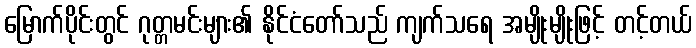
မြောက်ပိုင်းတွင် ဂုတ္တမင်းများ၏ နိုင်ငံတော်သည် ကျက်သရေ အမျိုးမျိုးဖြင့် တင့်တယ်